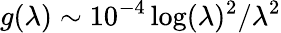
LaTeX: g(\lambda)\sim 10^{-4}\log(\lambda)^{2}/\lambda^{2}